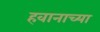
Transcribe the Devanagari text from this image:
हवानाच्या